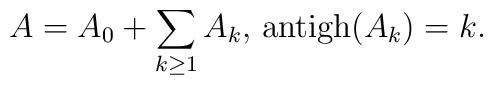
A=A_0+\sum_{k\geq 1}A_k\hbox{, antigh}(A_k)=k.